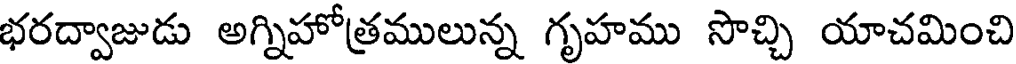
భరద్వాజుడు అగ్నిహోత్రములున్న గృహము సొచ్చి యాచమించి